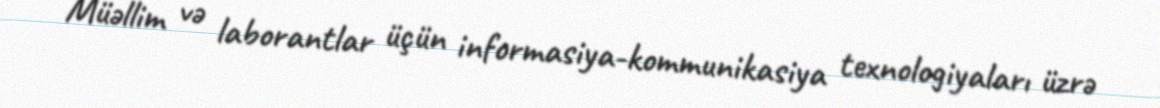
Müəllim və laborantlar üçün informasiya-kommunikasiya texnologiyaları üzrə